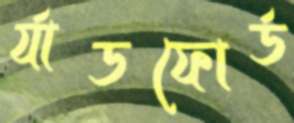
র‍্যাডফোর্ড